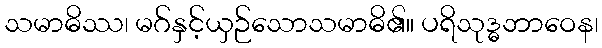
သမာဓိဿ၊ မဂ်နှင့်ယှဉ်သောသမာဓိ၏။ ပရိသုဒ္ဓဘာဝေန၊